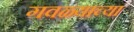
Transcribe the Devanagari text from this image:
गवळ्याच्या